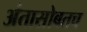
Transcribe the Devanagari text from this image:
अंतासोबतच